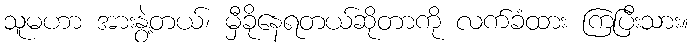
သူမဟာ အားနွဲ့တယ်၊ မှီခိုနေရတယ်ဆိုတာကို လက်ခံထား ကြပြီးသား။